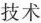
技术